Vaccine operations Central Provinces 1868-1885 - 1868-1885
Year: 1868
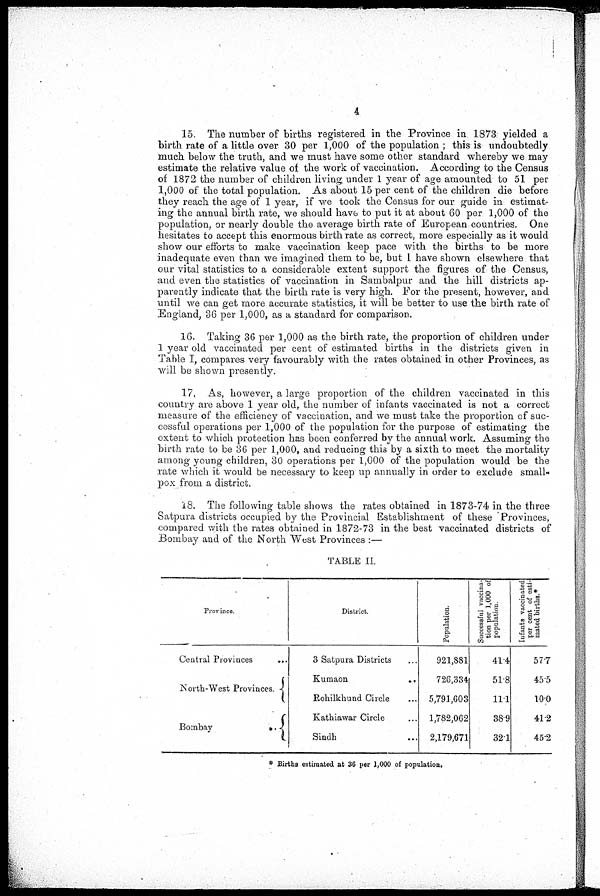
4
15. The number of births registered in the Province in 1873 yielded a
birth rate of a little over 30 per 1,000 of the population ; this is undoubtedly
much below the truth, and we must have some other standard whereby we may
estimate the relative value of the work of vaccination. According to the Census
of 1872 the number of children living under 1 year of age amounted to 51 per
1,000 of the total population. As about 15 per cent of the children die before
they reach the age of 1 year, if we took the Census for our guide in estimat-
ing the annual birth rate, we should have to put it at about 60 per 1,000 of the
population, or nearly double the average birth rate of European countries. One
hesitates to accept this enormous birth rate as correct, more especially as it would
show our efforts to make vaccination keep pace with the births to be more
inadequate even than we imagined them to be, but I have shown elsewhere that
our vital statistics to a considerable extent support the figures of the Census,
and even the statistics of vaccination in Sambalpur and the hill districts ap-
parently indicate that the birth rate is very high. For the present, however, and
until we can get more accurate statistics, it will be better to use the birth rate of
England, 36 per 1,000, as a standard for comparison.
16. Taking 36 per 1,000 as the birth rate, the proportion of children under
1 year old vaccinated per cent of estimated births in the districts given in
Table I, compares very favourably with the rates obtained in other Provinces, as
will be shown presently.
17. As, however, a large proportion of the children vaccinated in this
country are above 1 year old, the number of infants vaccinated is not a correct
measure of the efficiency of vaccination, and we must take the proportion of suc-
cessful operations per 1,000 of the population for the purpose of estimating the
extent to which protection has been conferred by the annual work. Assuming the
birth rate to be 36 per 1,000, and reducing this by a sixth to meet the mortality
among young children, 30 operations per 1,000 of the population would be the
rate which it would be necessary to keep up annually in order to exclude small-
pox from a district.
18. The following table shows the rates obtained in 1873-74 in the three
Satpura districts occupied by the Provincial Establishment of these Provinces,
compared with the rates obtained in 1872-73 in the best vaccinated districts of
Bombay and of the North West Provinces :—
TABLE II.
Province.
Central Provinces ...
North-West Provinces. ...
Bombay
District
Satpura Districts ...
Kumaon
...
Rohilkhund Circle ...
Kathiawar Circle ...
Sindh ...
Population.
921,881
726,334
5,791,603
1,782,062
2,179,671
Successful vaccina-
tion per 1,000 of
population.
41.4
51.8
11.1
38.9
32.1
Infants vaccinated
per cent of esti-
mated births.*
57.7
45.5
10.0
41.2
45.2
* Births estimated at 36 per 1,000 of population.